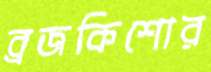
ব্রজকিশোর